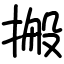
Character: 搬